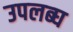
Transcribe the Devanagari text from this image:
उपलब्‍घ